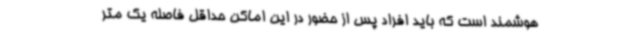
هوشمند است که باید افراد پس از حضور در این اماکن حداقل فاصله یک متر